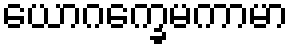
ယောဂက္ခေမကာမာ